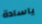
ياسادة